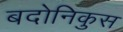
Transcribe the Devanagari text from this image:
बदोनिकुस